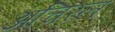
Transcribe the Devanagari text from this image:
अचिरल